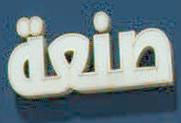
صنعة